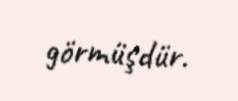
görmüşdür.